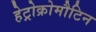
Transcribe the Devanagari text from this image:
हेट्रोक्रोमौटिन